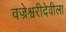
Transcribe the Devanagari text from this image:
वज्रेश्वरीदेवीला